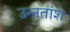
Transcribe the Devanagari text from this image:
उन्ऩतांश